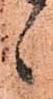
候